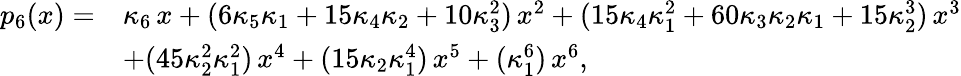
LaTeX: {\begin{array}{rl}{p_{6}(x)=}&{\kappa_{6}\, x+(6\kappa_{5}\kappa_{1}+15\kappa_{4}\kappa_{2}+10\kappa_{3}^{2})\, x^{2}+(15\kappa_{4}\kappa_{1}^{2}+60\kappa_{3}\kappa_{2}\kappa_{1}+15\kappa_{2}^{3})\, x^{3}}\\ &{+(45\kappa_{2}^{2}\kappa_{1}^{2})\, x^{4}+(15\kappa_{2}\kappa_{1}^{4})\, x^{5}+(\kappa_{1}^{6})\, x^{6},}\end{array}}